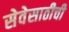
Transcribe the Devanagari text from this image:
सेवेसाठीची